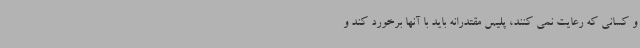
و کسانی که رعایت نمی کنند، پلیس مقتدرانه باید با آنها برخورد کند و